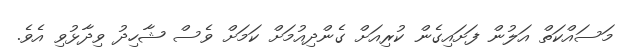
މަސައްކަތް އަލުން ފަށައިގެން ކުރިއަށް ގެންދިއުމަށް ކަމަށް ވެސް ޝާހިދު ވިދާޅުވި އެވެ.